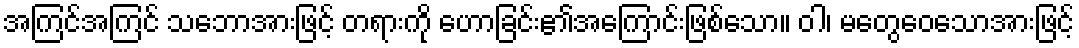
အကြင်အကြင် သဘောအားဖြင့် တရားကို ဟောခြင်း၏အကြောင်းဖြစ်သော။ ဝါ၊ မတွေဝေသောအားဖြင့်